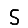
Digit: 5